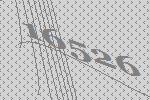
16526